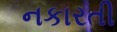
નકારતી